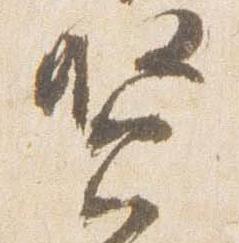
賢